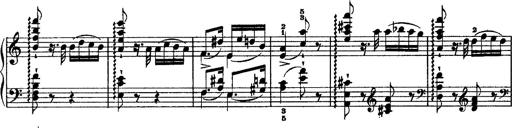
Title: Grandes Ã©tudes de Paganini
Composer: Franz Liszt